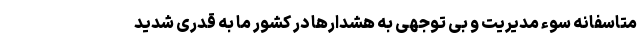
متاسفانه سوء مدیریت و بی توجهی به هشدارها در کشور ما به قدری شدید